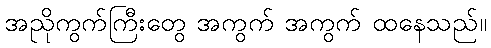
အညိုကွက်ကြီးတွေ အကွက် အကွက် ထနေသည်။